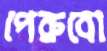
পেরুবো